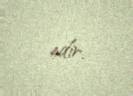
edir.